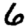
Digit: 6